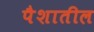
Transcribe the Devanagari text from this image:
पैशातील